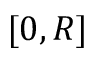
[ 0 , R ]